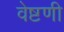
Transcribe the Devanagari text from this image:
वेष्टणी